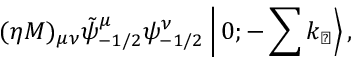
( \eta M ) _ { \mu \nu } \tilde { \psi } _ { - 1 / 2 } ^ { \mu } \psi _ { - 1 / 2 } ^ { \nu } \left| \, 0 ; - \sum k _ { \perp } \right> ,